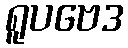
ရူပဗေဒ